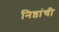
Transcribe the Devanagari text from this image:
निष्ठांची